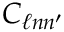
C _ { \ell n n ^ { \prime } }